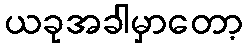
ယခုအခါမှာတော့